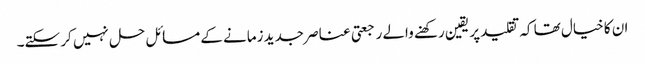
ان کا خیال تھا کہ تقلید پر یقین رکھنے والے رجعتی عناصر جدید زمانے کے مسائل حل نہیں کر سکتے۔